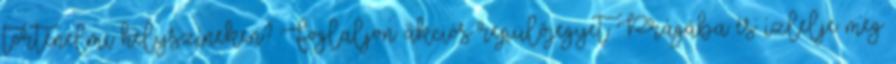
történelmi helyszíneken? Foglaljon akciós repülőjegyet Prágába és ízlelje meg